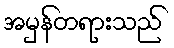
အမှန်တရားသည်